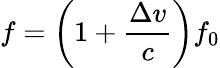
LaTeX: f=\left(1+{\frac{\Delta v}{c}}\right)f_{0}